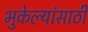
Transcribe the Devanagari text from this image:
भुकेल्यांसाठी